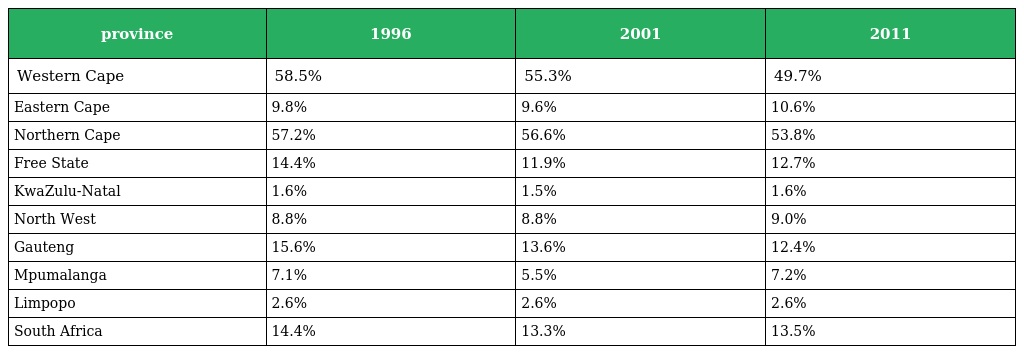
| province | 1996 | 2001 | 2011 |
 | --- | --- | --- | --- |
 | Western Cape | 58.5% | 55.3% | 49.7% |
 | Eastern Cape | 9.8% | 9.6% | 10.6% |
 | Northern Cape | 57.2% | 56.6% | 53.8% |
 | Free State | 14.4% | 11.9% | 12.7% |
 | KwaZulu-Natal | 1.6% | 1.5% | 1.6% |
 | North West | 8.8% | 8.8% | 9.0% |
 | Gauteng | 15.6% | 13.6% | 12.4% |
 | Mpumalanga | 7.1% | 5.5% | 7.2% |
 | Limpopo | 2.6% | 2.6% | 2.6% |
 | South Africa | 14.4% | 13.3% | 13.5% |